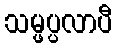
သမ္ဖပ္ပလာပီ